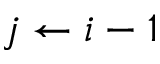
j \gets i - 1